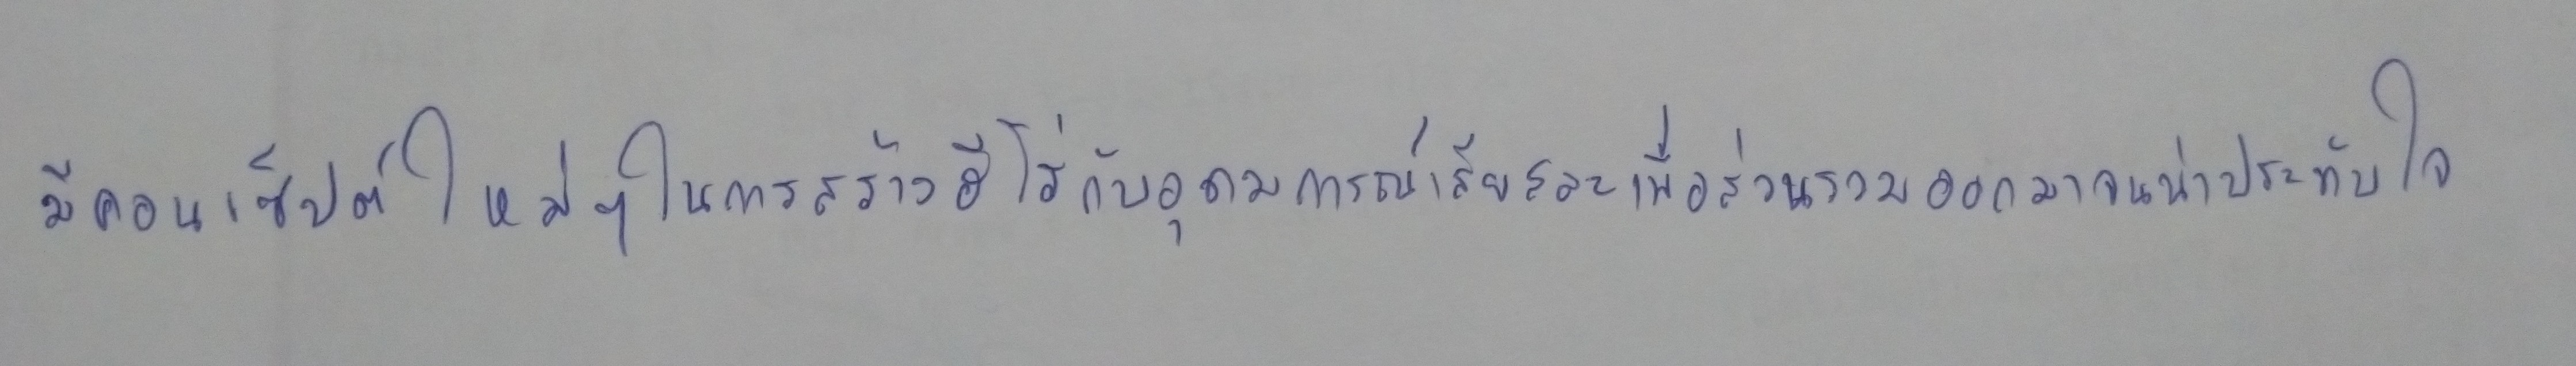
มีคอนเซ็ปต์ใหม่ๆในการสร้างฮีโร่กับอุดมการณ์เสียสละเพื่อส่วนรวมออกมาจนน่าประทับใจ